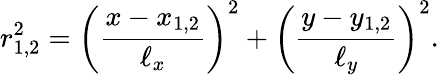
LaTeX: r_{1,2}^{2}=\left(\frac{x-x_{1,2}}{\ell_{x}}\right)^{2}+\left(\frac{y-y_{1,2}}{\ell_{y}}\right)^{2}.